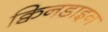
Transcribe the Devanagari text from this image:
क्विनडाइन